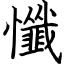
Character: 懺